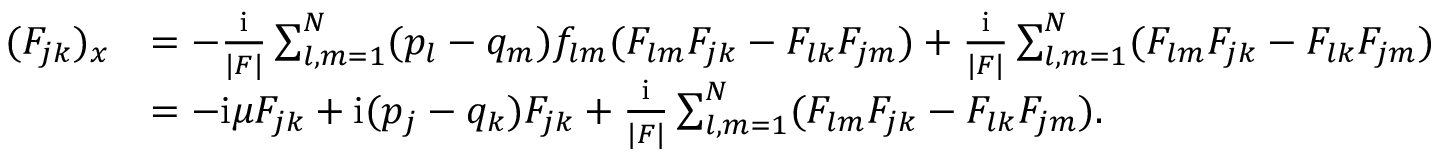
\begin{array} { r l } { ( F _ { j k } ) _ { x } } & { = - { \frac { \mathrm { i } } { | F | } } \sum _ { l , m = 1 } ^ { N } ( p _ { l } - q _ { m } ) f _ { l m } ( F _ { l m } F _ { j k } - F _ { l k } F _ { j m } ) + { \frac { \mathrm { i } } { | F | } } \sum _ { l , m = 1 } ^ { N } ( F _ { l m } F _ { j k } - F _ { l k } F _ { j m } ) } \\ & { = - \mathrm { i } \mu F _ { j k } + \mathrm { i } ( p _ { j } - q _ { k } ) F _ { j k } + { \frac { \mathrm { i } } { | F | } } \sum _ { l , m = 1 } ^ { N } ( F _ { l m } F _ { j k } - F _ { l k } F _ { j m } ) . } \end{array}